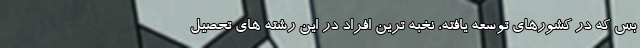
بس که در کشورهای توسعه یافته، نخبه ترین افراد در این رشته های تحصیل